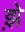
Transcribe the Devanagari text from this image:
झ़े